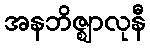
အနဘိဇ္ဈာလုနီ